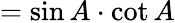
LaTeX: =\sin A\cdot\cot A